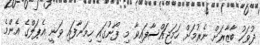
ދުވަހު ބާޒާރަށް ނެރުމަށް ހަމަޖައްސާފައިވާ މި ފޯނުގައި ހިމަނާފައި ވަނީ އެޕަލްގެ އެންމެ